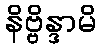
နိဗ္ဗိန္ဒာမိ